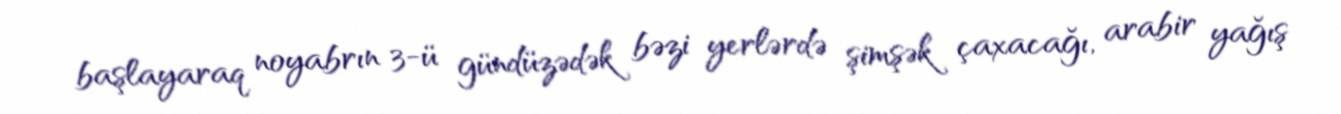
başlayaraq noyabrın 3-ü gündüzədək bəzi yerlərdə şimşək çaxacağı, arabir yağış